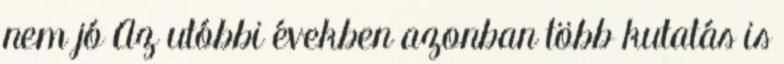
nem jó Az utóbbi években azonban több kutatás is